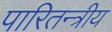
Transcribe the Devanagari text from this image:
पारितन्त्रीय